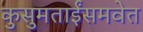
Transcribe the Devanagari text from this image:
कुसुमताईंसमवेत